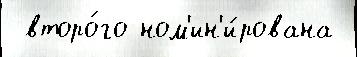
 второ́го ном'ин'и́рована